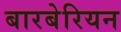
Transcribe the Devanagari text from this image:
बारबेरियन